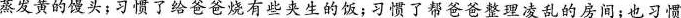
蒸发黄的馒头；习惯了给爸爸烧有些夹生的饭；习惯了帮爸爸整理凌乱的房间；也习惯